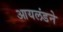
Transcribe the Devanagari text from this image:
आयलंडने